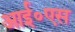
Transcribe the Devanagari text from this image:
आई॰एस